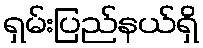
ရှမ်းပြည်နယ်ရှိ